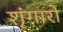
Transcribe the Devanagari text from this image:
शृंगारो